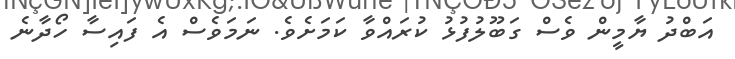
އަބްދު ޔާމީން ވެސް ގަބޫލުފުޅު ކުރައްވާ ކަމަށެވެ. ނަމަވެސް އެ ފައިސާ ހޯދާނެ